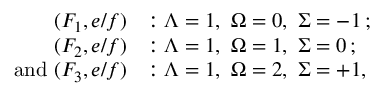
\begin{array} { r l } { ( F _ { 1 } , e / f ) } & { : \ensuremath { \Lambda } = 1 , \ \ensuremath { \Omega } = 0 , \ \ensuremath { \Sigma } = - 1 \, ; } \\ { ( F _ { 2 } , e / f ) } & { : \ensuremath { \Lambda } = 1 , \ \ensuremath { \Omega } = 1 , \ \ensuremath { \Sigma } = 0 \, ; } \\ { \mathrm { a n d ~ } ( F _ { 3 } , e / f ) } & { : \ensuremath { \Lambda } = 1 , \ \ensuremath { \Omega } = 2 , \ \ensuremath { \Sigma } = + 1 , } \end{array}